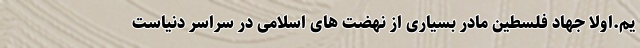
یم.اولا جهاد فلسطین مادر بسیاری از نهضت های اسلامی در سراسر دنیاست